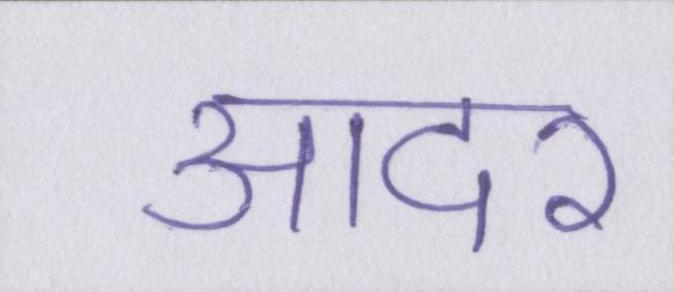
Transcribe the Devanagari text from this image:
आदर